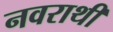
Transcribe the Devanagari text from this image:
नवराथी